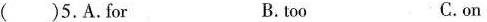
( )5.A.For B. too C.on